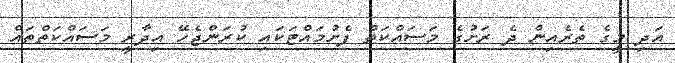
އަދި މީގެ ތެރެއިން ދެ ރަށުގެ މަސައްކަތް ފެށުމައްޓަކައި ކުރަންޖެހޭ އިދާރީ މަސައްކަތްތައް